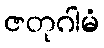
ဇတုဂါမံ